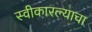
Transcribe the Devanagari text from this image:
स्वीकारल्याचा